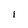
Character: I